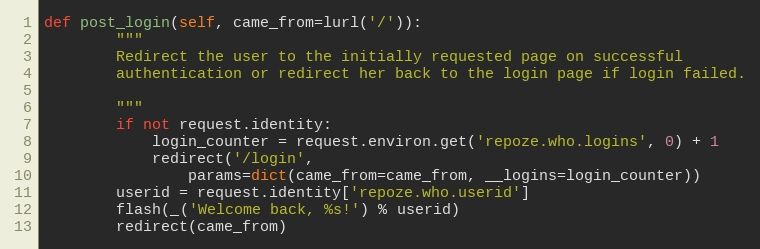
Language: Python
def post_login(self, came_from=lurl('/')):
        """
        Redirect the user to the initially requested page on successful
        authentication or redirect her back to the login page if login failed.

        """
        if not request.identity:
            login_counter = request.environ.get('repoze.who.logins', 0) + 1
            redirect('/login',
                params=dict(came_from=came_from, __logins=login_counter))
        userid = request.identity['repoze.who.userid']
        flash(_('Welcome back, %s!') % userid)
        redirect(came_from)